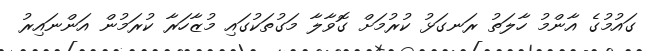
ގައުމުގެ އާންމު ހާލަތު ރަނގަޅު ކުރުމަށް ގޮވާލާ މަގުތަކުގައި މުޒާހަރާ ކުރަމުން އަންނައިރު